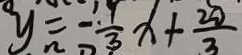
y = - \frac { . 1 } { 3 } x + \frac { 2 0 } { 3 }